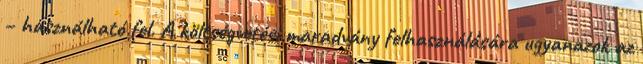
– használható fel. A költségvetési maradvány felhasználására ugyanazok az